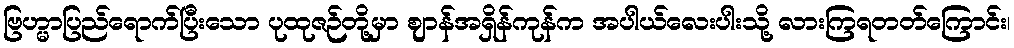
ဗြဟ္မာပြည်ရောက်ပြီးသော ပုထုဇဉ်တို့မှာ ဈာန်အရှိန်ကုန်က အပါယ်လေးပါးသို့ လားကြရတတ်ကြောင်း၊